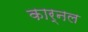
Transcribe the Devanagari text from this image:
कार्नल